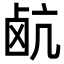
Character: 𮭰